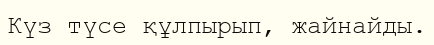
Күз түсе құлпырып, жайнайды.